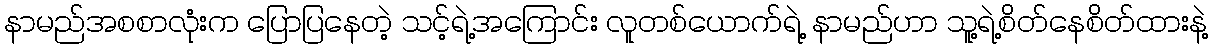
နာမည်အစစာလုံးက ပြောပြနေတဲ့ သင့်ရဲ့အကြောင်း လူတစ်ယောက်ရဲ့ နာမည်ဟာ သူ့ရဲ့စိတ်နေစိတ်ထားနဲ့